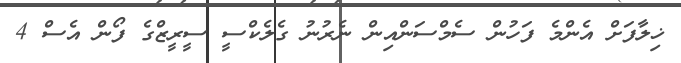
ޚިލާފަށް އެންމެ ފަހުން ސެމްސަންއިން ނެރުނު ގެލެކްސީ ސީރީޒްގެ ފޯން އެސް 4